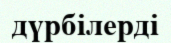
дүрбілерді